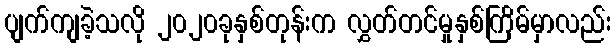
ပျက်ကျခဲ့သလို ၂၀၂၀ခုနှစ်တုန်းက လွှတ်တင်မှုနှစ်ကြိမ်မှာလည်း